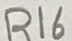
Text: R16